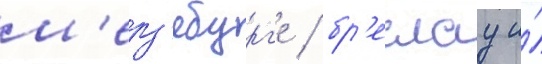
м'ерз'ебург'е / бр'еслау и́